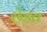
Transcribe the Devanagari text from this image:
छेडत